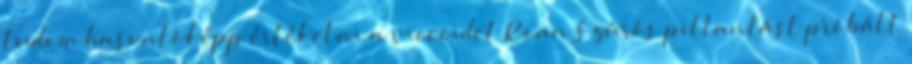
tudom hasonlóképp értékelni a vicceidet Roan Szúrós pillantást próbált